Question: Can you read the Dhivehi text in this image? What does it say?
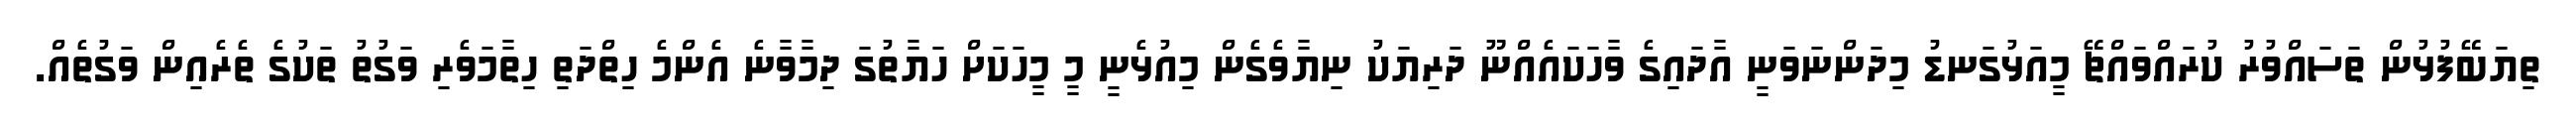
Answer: ތިޔަބޭފުޅުން ތަސައްވުރު ކުރައްވައްޗޭ މީއަޅުގަނޑު މިދަންނަވަނީ އާދައިގެ ވާހަކައެއްނޫ ދަރިޔަކު ނިޔާވެގެން މިއުޅެނީ މީ މީހަކަށް ހަޔާތުގަ ދިމާވާނެ އެންމެ ހިތްދަތި ހިތާމަވެރި ވަގުތު ތަކުގެ ތެރެއިން ވަގުތެއް.